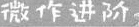
微作进阶